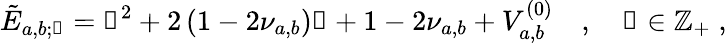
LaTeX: \tilde{E}_{a,b;\mathscr{n}}=\mathscr{n}^{2}+2\left(1-2\nu_{a,b}\right)\mathscr{n}+1-2\nu_{a,b}+V_{a,b}^{(0)}\quad,\quad\mathscr{n}\in\mathbb{Z}_{+}\; ,